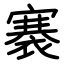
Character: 褰